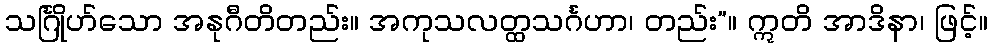
သင်္ဂြိုဟ်သော အနုဂီတိတည်း။ အကုသလတ္ထသင်္ဂဟာ၊ တည်း”။ ဣတိ အာဒိနာ၊ ဖြင့်။